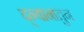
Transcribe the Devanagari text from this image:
द्न्यानातुन